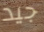
جيد